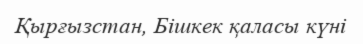
Қырғызстан, Бішкек қаласы күні